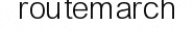
routemarch